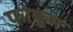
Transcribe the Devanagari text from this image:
फोकून